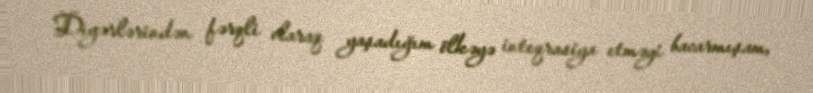
Digərlərindən fərqli olaraq yaşadığım ölkəyə inteqrasiya etməyi bacarmışam,